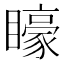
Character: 𭿭